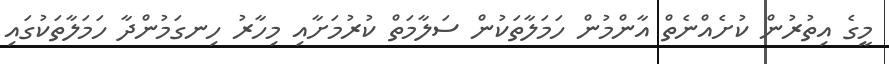
މީގެ އިތުރުން ކުށެއްނެތް އާންމުން ހަމަލާތަކުން ސަލާމަތް ކުރުމަށާއި މިހާރު ހިނގަމުންދާ ހަމަލާތަކުގައި